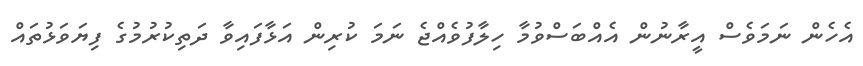
އެހެން ނަމަވެސް އީރާނުން އެއްބަސްވުމާ ހިލާފުވެއްޖެ ނަމަ ކުރިން އަޅާފައިވާ ދަތިކުރުމުގެ ފިޔަވަޅުތައް